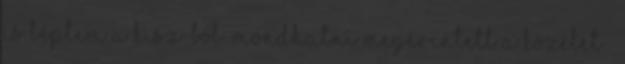
is léptem a KISZ-ből. Mondhatni megérintett a közélet –